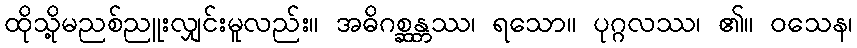
ထိုသို့မညစ်ညူးလျှင်းမူလည်း။ အဓိဂစ္ဆန္တဿ၊ ရသော။ ပုဂ္ဂလဿ၊ ၏။ ဝသေန၊